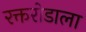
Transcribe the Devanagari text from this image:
रक्तरोडाला